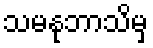
သမနုဘာသိမှ